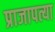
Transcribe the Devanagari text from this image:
प्राजापत्या